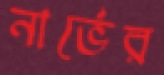
নার্ভের